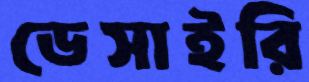
ডেসাইরি